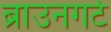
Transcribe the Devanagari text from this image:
ब्राउनगर्ट